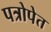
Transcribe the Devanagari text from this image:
पत्रोपेत